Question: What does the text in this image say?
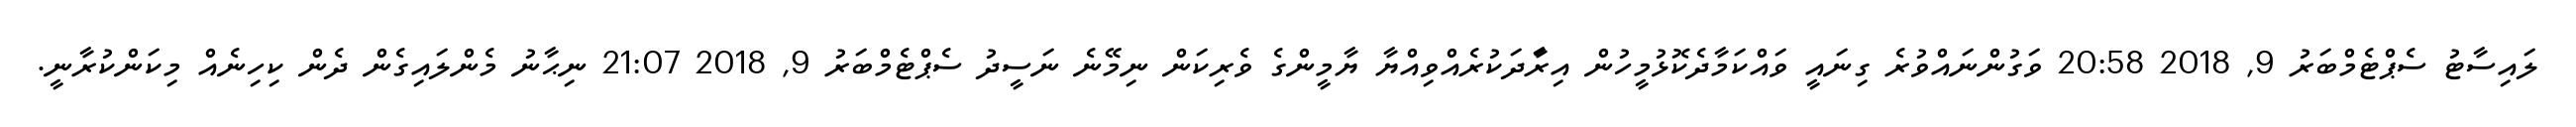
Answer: ލައިސާޓު ސެޕްޓެމްބަރު 9, 2018 20:58 ވަގުންނައްވުރެ ގިނައީ ވައްކަމާދެކޮޅުމީހުން އިރަާދަކުރެއްވިއްޔާ ޔާމީންގެ ވެރިކަން ނިމޭނެ ނަސީދު ސެޕްޓެމްބަރު 9, 2018 21:07 ނިޙާނު މެންލައިގެން ދެން ކިހިނެއް މިކަންކުރާނީ.